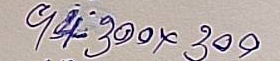
94 - 300 x 300